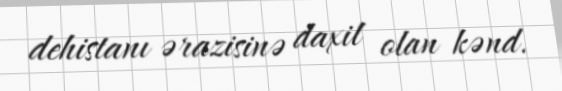
dehistanı ərazisinə daxil olan kənd.